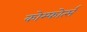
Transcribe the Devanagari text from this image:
कोम्फोर्त्स